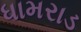
ધામરાડ